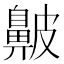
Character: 𪖞